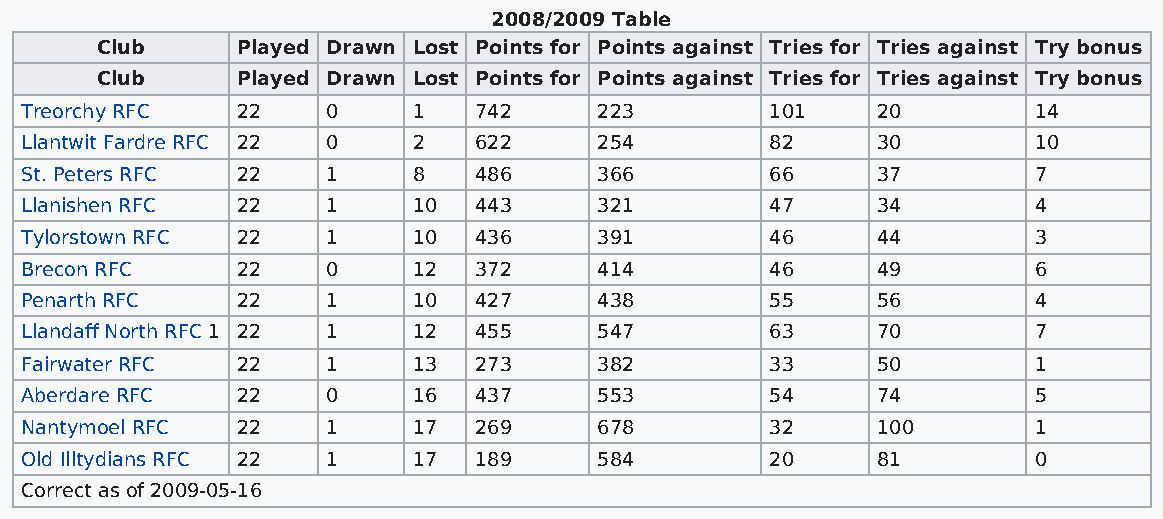
2008/2009 Table
 Club      Played Drawn Lost Points for Points against Tries for Tries against Try bonus
 Club      Played Drawn Lost Points for Points against Tries for Tries against Try bonus
 Treorchy RFC   22    0    1   742      223        101    20        14
 Llantwit Fardre RFC 22 0  2   622      254        82     30        10
 St. Peters RFC 22    1    8   486      366        66     37        7
 Llanishen RFC  22    1    10  443      321        47     34        4
 Tylorstown RFC 22    1    10  436      391        46     44        3
 Brecon RFC     22    0    12  372      414        46     49        6
 Penarth RFC    22    1    10  427      438        55     56        4
 Llandaff North RFC 1 22 1 12  455      547        63     70        7
 Fairwater RFC  22    1    13  273      382        33     50        1
 Aberdare RFC   22    0    16  437      553        54     74        5
 Nantymoel RFC  22    1    17  269      678        32     100       1
 Old Illtydians RFC 22 1   17  189      584        20     81        0
 Correct as of 2009-05-16